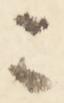
ニ